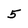
Character: 5